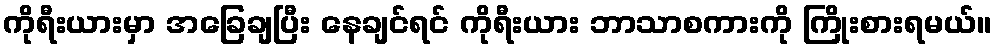
ကိုရီးယားမှာ အခြေချပြီး နေချင်ရင် ကိုရီးယား ဘာသာစကားကို ကြိုးစားရမယ်။